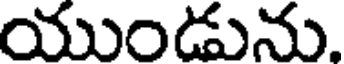
యుండును.